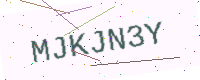
Text: MJKJN3Y